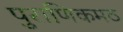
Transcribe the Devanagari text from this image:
पुराणिकमठ